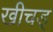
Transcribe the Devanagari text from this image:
खीचड्